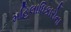
મહિલાધિકારોના